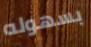
بسهوله